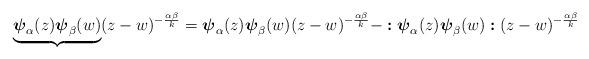
LaTeX: \begin{align*}\underbrace{\boldsymbol{\psi}_\alpha(z)\boldsymbol{\psi}_\beta(w)}(z-w)^{-\frac{\alpha\beta}{k}}= \boldsymbol{\psi}_\alpha(z)\boldsymbol{\psi}_\beta(w)(z-w)^{-\frac{\alpha\beta}{k}}-\boldsymbol{:}\boldsymbol{\psi}_\alpha(z)\boldsymbol{\psi}_\beta(w)\boldsymbol{:}(z-w)^{-\frac{\alpha\beta}{k}} \end{align*}